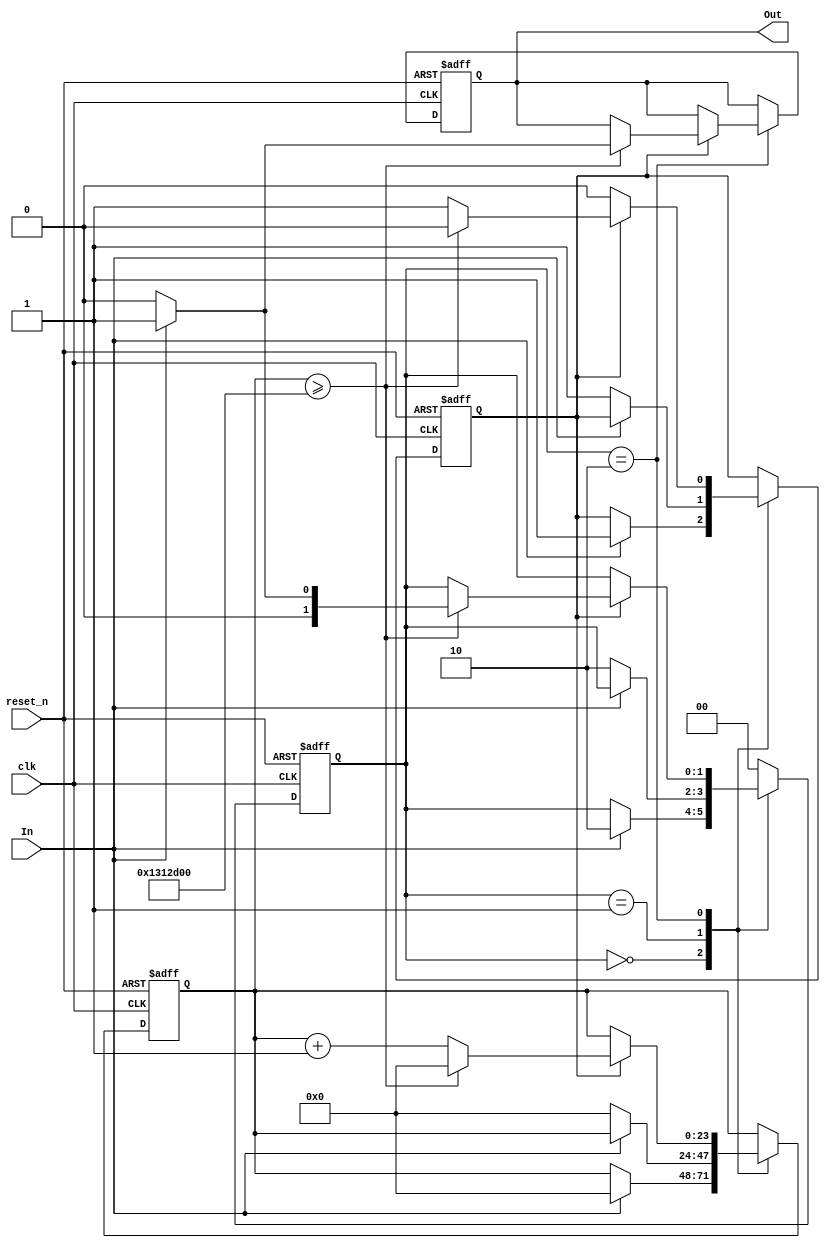
module DebouncedEdgeDetector (
    input wire clk,          // Clock signal
    input wire reset_n,      // Active low reset signal
    input wire In,           // Noisy input signal
    output reg Out           // Cleaned output signal
);

    // Parameters for debounce timing
    parameter DEBOUNCE_TIME = 20_000_000; // Example: 20ms at 1MHz clock
    reg [23:0] counter;      // Counter for debounce timing
    reg [1:0] state;         // Current state of the input signal
    reg [1:0] stable_state;   // Last stable state of the input signal
    reg debounce_active;      // Flag to indicate debounce timing

    // State encoding
    localparam STABLE_LOW = 2'b00;
    localparam STABLE_HIGH = 2'b01;
    localparam TRANSITION = 2'b10;

    // State machine for debouncing
    always @(posedge clk or negedge reset_n) begin
        if (!reset_n) begin
            // Reset condition
            state <= STABLE_LOW;
            stable_state <= STABLE_LOW;
            counter <= 0;
            debounce_active <= 0;
            Out <= 0;
        end else begin
            // State transition logic
            case (state)
                STABLE_LOW: begin
                    if (In) begin
                        state <= TRANSITION;
                        counter <= 0;
                        debounce_active <= 1;
                    end
                end

                STABLE_HIGH: begin
                    if (!In) begin
                        state <= TRANSITION;
                        counter <= 0;
                        debounce_active <= 1;
                    end
                end

                TRANSITION: begin
                    if (debounce_active) begin
                        counter <= counter + 1;
                        if (counter >= DEBOUNCE_TIME) begin
                            // Update stable state and output
                            stable_state <= (In) ? STABLE_HIGH : STABLE_LOW;
                            Out <= (In) ? 1 : 0;
                            state <= (In) ? STABLE_HIGH : STABLE_LOW;
                            debounce_active <= 0;
                            counter <= 0;
                        end
                    end
                end

                default: begin
                    state <= STABLE_LOW; // Default state
                end
            endcase
        end
    end

endmodule